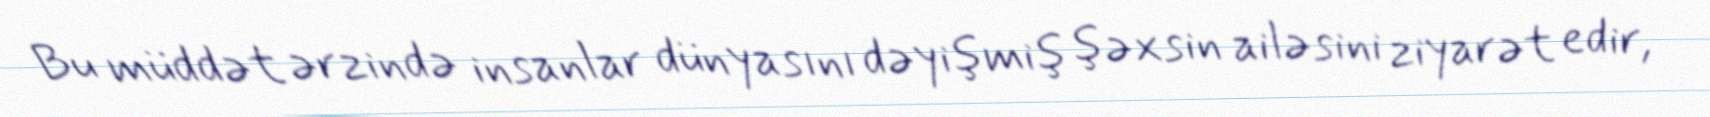
Bu müddət ərzində insanlar dünyasını dəyişmiş şəxsin ailəsini ziyarət edir,